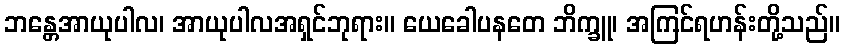
ဘန္တေအာယုပါလ၊ အာယုပါလအရှင်ဘုရား။ ယေခေါပနတေ ဘိက္ခူ၊ အကြင်ရဟန်းတို့သည်။